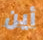
أين